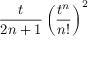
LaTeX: { \frac { t } { 2 n + 1 } } \left( { \frac { t ^ { n } } { n ! } } \right) ^ { 2 }